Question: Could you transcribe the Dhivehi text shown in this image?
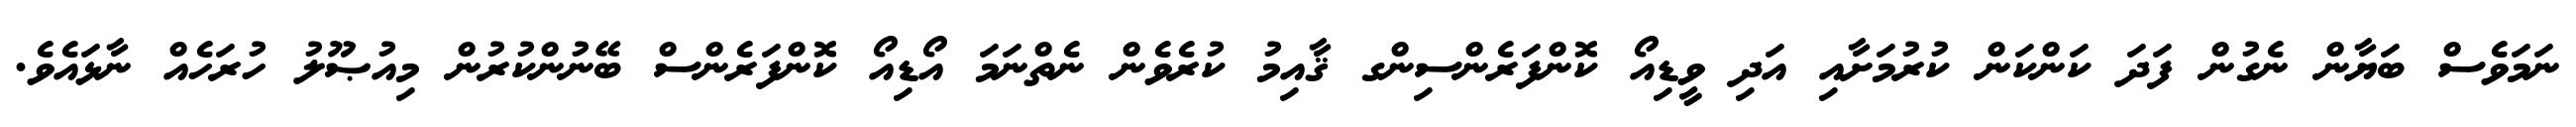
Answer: ނަމަވެސް ބަޔާން ނެގުން ފަދަ ކަންކަން ކުރުމަށާއި އަދި ވީޑިއޯ ކޮންފަރެންސިންގ ޤާއިމު ކުރެވެން ނެތްނަމަ އޯޑިއޯ ކޮންފަރެންސް ބޭނުންކުރުން މިއުޞޫލު ހުރަހެއް ނާޅައެވެ.